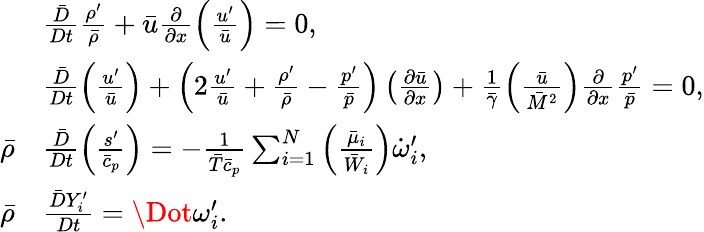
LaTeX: \begin{array}{rl}&{\frac{\bar{D}}{Dt}\frac{\rho^{\prime}}{\bar{\rho}}+\bar{u}\frac{\partial}{\partial x}\left(\frac{u^{\prime}}{\bar{u}}\right)=0,}\\ &{\frac{\bar{D}}{Dt}\left(\frac{u^{\prime}}{\bar{u}}\right)+\left(2\frac{u^{\prime}}{\bar{u}}+\frac{\rho^{\prime}}{\bar{\rho}}-\frac{p^{\prime}}{\bar{p}}\right)\left(\frac{\partial\bar{u}}{\partial x}\right)+\frac{1}{\bar{\gamma}}\left(\frac{\bar{u}}{\bar{M}^{2}}\right)\frac{\partial}{\partial x}\frac{p^{\prime}}{\bar{p}}=0,}\\ {\bar{\rho}}&{\frac{\bar{D}}{Dt}\left(\frac{s^{\prime}}{\bar{c}_{p}}\right)=-\frac{1}{\bar{T}\bar{c}_{p}}\sum_{i=1}^{N}\left(\frac{\bar{\mu}_{i}}{\bar{W}_{i}}\right)\dot{\omega}_{i}^{\prime},}\\ {\bar{\rho}}&{\frac{\bar{D}Y_{i}^{\prime}}{Dt}={\Dot\omega_{i}^{\prime}}.}\end{array}